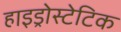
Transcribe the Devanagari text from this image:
हाइड्रोस्टेटिक